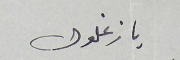
يا زغلول